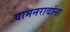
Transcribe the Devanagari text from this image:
वामनरावांना